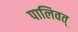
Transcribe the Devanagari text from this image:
पालिवत्‌